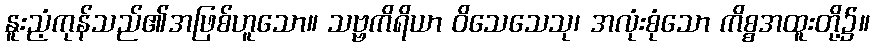
နူးညံ့ကုန်သည်၏အဖြစ်ဟူသော။ သဗ္ဗကိရိယာ ဝိသေသေသု၊ အလုံးစုံသော ကိစ္စအထူးတို့၌။